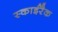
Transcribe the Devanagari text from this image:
स्काईरैक